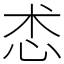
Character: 怸